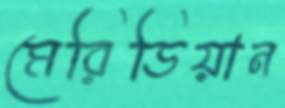
মেরিডিয়ান